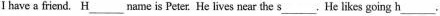
I have a friend. \underline{H} name is Peter. He lives near the \underline{s} ,He likes going \underline{h} 。